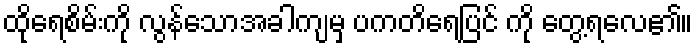
ထိုရေစိမ်းကို လွန်သောအခါကျမှ ပကတိရေပြင် ကို တွေ့ရလေ၏။